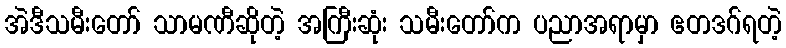
အဲဒီသမီးတော် သာမဏီဆိုတဲ့ အကြီးဆုံး သမီးတော်က ပညာအရာမှာ ဧတဒဂ်ရတဲ့